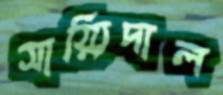
সায়্যিদাল